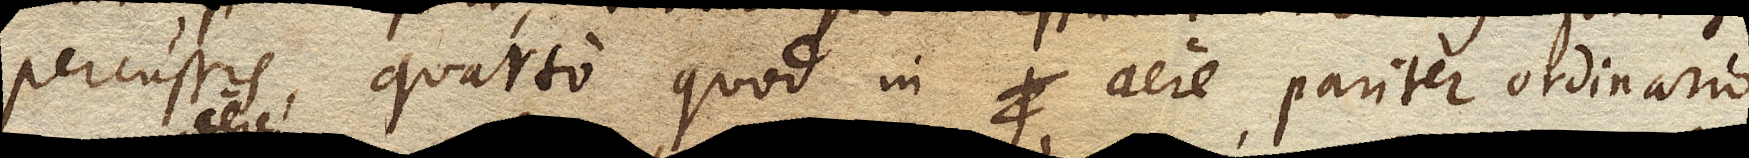
percussis, quarto quod in aere pariter ordinario